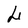
Character: L